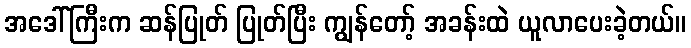
အဒေါ်ကြီးက ဆန်ပြုတ် ပြုတ်ပြီး ကျွန်တော့် အခန်းထဲ ယူလာပေးခဲ့တယ်။